Annual administration report of the Civil Veterinary Department of India - 1892-1893
Year: 1892
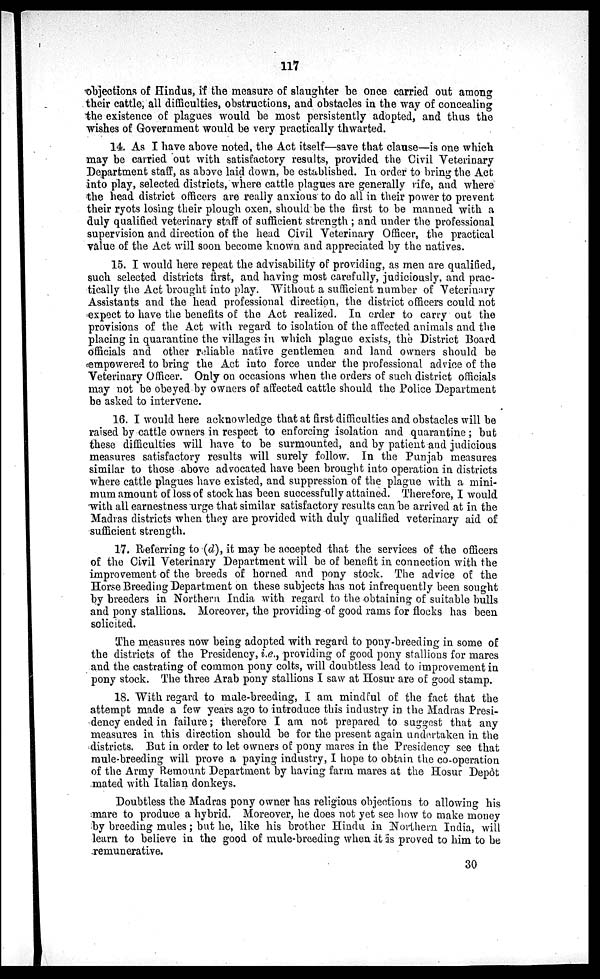
117
objections of Hindus, if the measure of slaughter be once carried out among
their cattle, all difficulties, obstructions, and obstacles in the way of concealing
the existence of plagues would be most persistently adopted, and thus the
wishes of Government would be very practically thwarted.
14. As I have above noted, the Act itself—save that clause—is one which
may be carried out with satisfactory results, provided the Civil Veterinary
Department staff, as above laid down, be established. In order to bring the Act
into play, selected districts, where cattle plagues are generally rife, and where
the head district officers are really anxious to do all in their power to prevent
their ryots losing their plough oxen, should be the first to be manned with a
duly qualified veterinary staff of sufficient strength; and under the professional
supervision and direction of the head Civil Veterinary Officer, the practical
value of the Act will soon become known and appreciated by the natives.
15. I would here repeat the advisability of providing, as men are qualified,
such selected districts first, and having most carefully, judiciously, and prac-
tically the Act brought into play. Without a sufficient number of Veterinary
Assistants and the head professional direction, the district officers could not
expect to have the benefits of the Act realized. In order to carry out the
provisions of the Act with regard to isolation of the affected animals and the
placing in quarantine the villages in which plague exists, the District Board
officials and other reliable native gentlemen and land owners should be
empowered to bring the Act into force under the professional advice of the
Veterinary Officer. Only on occasions when the orders of such district officials
may not be obeyed by owners of affected cattle should the Police Department
be asked to intervene.
16. I would here acknowledge that at first difficulties and obstacles will be
raised by cattle owners in respect to enforcing isolation and quarantine; but
these difficulties will have to be surmounted, and by patient and judicious
measures satisfactory results will surely follow. In the Punjab measures
similar to those above advocated have been brought into operation in districts
where cattle plagues have existed, and suppression of the plague with a mini-
mum amount of loss of stock has been successfully attained. Therefore, I would
with all earnestness urge that similar satisfactory results can be arrived at in the
Madras districts when they are provided with duly qualified veterinary aid of
sufficient strength.
17. Referring to (d), it may be accepted that the services of the officers
of the Civil Veterinary Department will be of benefit in connection with the
improvement of the breeds of horned and pony stock. The advice of the
Horse Breeding Department on these subjects has not infrequently been sought
by breeders in Northern India with regard to the obtaining of suitable bulls
and pony stallions. Moreover, the providing of good rams for flocks has been
solicited.
The measures now being adopted with regard to pony-breeding in some of
the districts of the Presidency, i.e., providing of good pony stallions for mares
and the castrating of common pony colts, will doubtless lead to improvement in
pony stock. The three Arab pony stallions I saw at Hosur are of good stamp.
18. With regard to male-breeding, I am mindful of the fact that the
attempt made a few years ago to introduce this industry in the Madras Presi-
dency ended in failure; therefore I am not prepared to suggest that any
measures in this direction should be for the present again undertaken in the
districts, But in order to let owners of pony mares in the Presidency see that
mule-breeding will prove a paying industry, I hope to obtain the co-operation
of the Army Remount Department by having farm mares at the Hosur Depôt
mated with Italian donkeys.
Doubtless the Madras pony owner has religious objections to allowing his
mare to produce a hybrid. Moreover, he does not yet see how to make money
by breeding mules; but he, like his brother Hindu in Northern India, will
learn to believe in the good of mule-breeding when it is proved to him to be
remunerative.
30